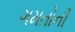
ગમતોની